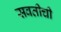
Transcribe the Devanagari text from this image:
सवतीची